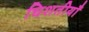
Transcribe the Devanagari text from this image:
चिशतीयाँ